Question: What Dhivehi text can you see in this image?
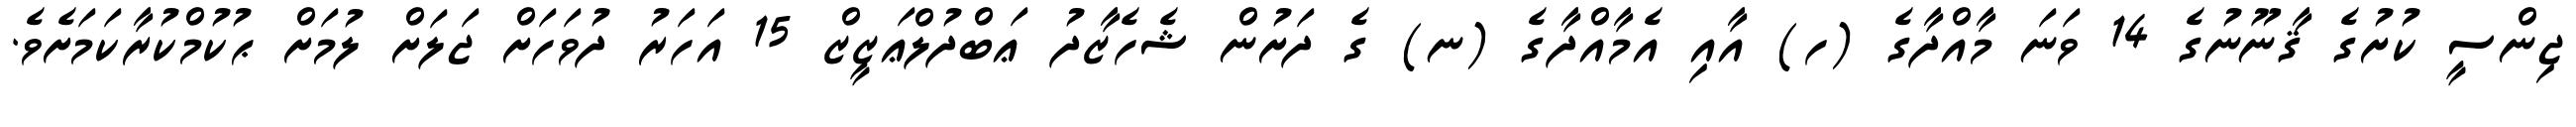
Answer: ޖިންސީ ކުށުގެ ޤާނޫނުގެ 14 ވަނަ މާއްދާގެ (ހ) އާއި އެމާއްދާގެ (ނ) ގެ ދަށުން ޝެހެޒާދު ޢަބްދުލްޢަޒީޒް 15 އަހަރު ދުވަހަށް ޖަލަށް ލުމަށް ޙުކުމްކުރާކަމަށެވެ.